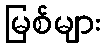
မြစ်များ